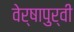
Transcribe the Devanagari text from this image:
वेर्षापुर्वी